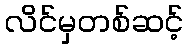
လိင်မှတစ်ဆင့်